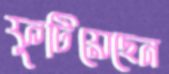
ফুটিয়েছেন